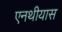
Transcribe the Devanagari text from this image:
एनथीयास